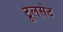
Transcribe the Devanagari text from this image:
टूलसेट